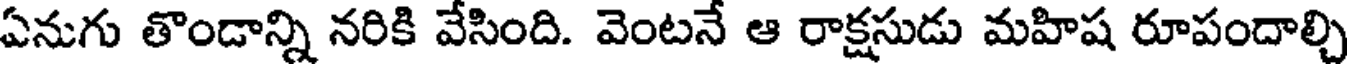
ఏనుగు తొండాన్ని నరికి వేసింది. వెంటనే ఆ రాక్షసుడు మహిష రూపందాల్చి